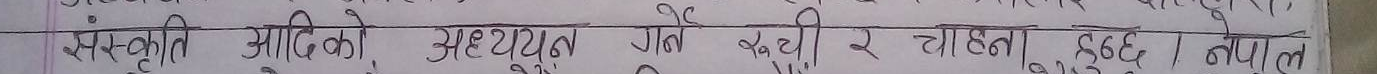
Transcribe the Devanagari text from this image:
संस्कृति आदिको अध्ययन गर्ने खर्च र चाहना हुँदैन। नेपाल